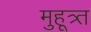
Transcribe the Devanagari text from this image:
मुहूत्र्त